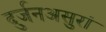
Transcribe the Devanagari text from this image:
दुर्जनअसुरां